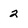
Character: 2